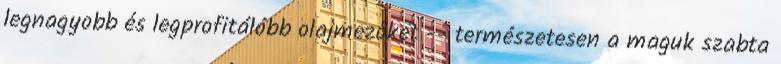
legnagyobb és legprofitálóbb olajmezőket -- természetesen a maguk szabta